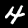
Label: 4